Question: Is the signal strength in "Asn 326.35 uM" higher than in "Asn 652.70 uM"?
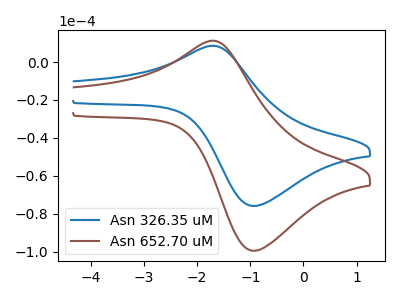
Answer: <think>The blue curve "Asn 326.35 uM" has an anodic peak at (-1.75V, 8.55uA) and a cathodic peak at (-0.95V, -75.90uA). The brown curve "Asn 652.70 uM" has an anodic peak at (-1.75V, 11.20uA) and a cathodic peak at (-0.95V, -99.50uA).
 All the peaks in "Asn 326.35 uM" have a peak in "Asn 652.70 uM" at the same potential. Every peak in "Asn 326.35 uM" is lower than every peak in "Asn 652.70 uM".</think>
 <answer>"Asn 326.35 uM" has less signal than "Asn 652.70 uM".</answer>
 <eval>less_signal</eval>